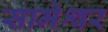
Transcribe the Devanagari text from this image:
सामेश्वर